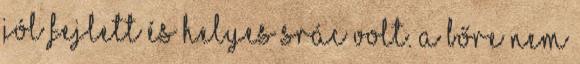
jól fejlett és helyes srác volt. A bőre nem